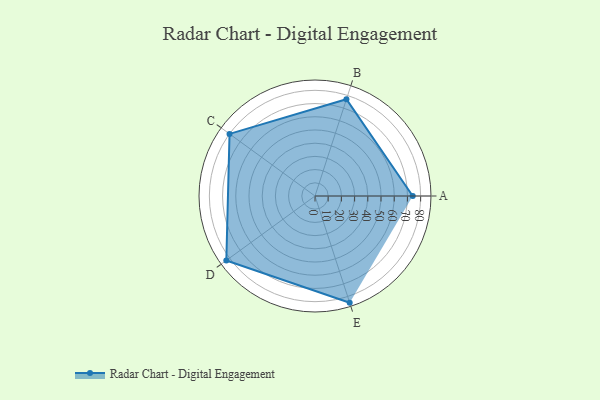
{"axis": {"x": "Skill", "y": "Score"}, "legend": ["Profile"], "data": [{"x": "A", "y": 74.0, "type": "Profile"}, {"x": "B", "y": 77.0, "type": "Profile"}, {"x": "C", "y": 80.0, "type": "Profile"}, {"x": "D", "y": 83.0, "type": "Profile"}, {"x": "E", "y": 85.0, "type": "Profile"}]}